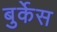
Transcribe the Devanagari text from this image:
बुर्केस